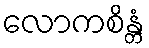
လောကစိန္တံ